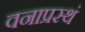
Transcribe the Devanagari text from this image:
वनाप्रस्थं